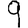
Digit: 9